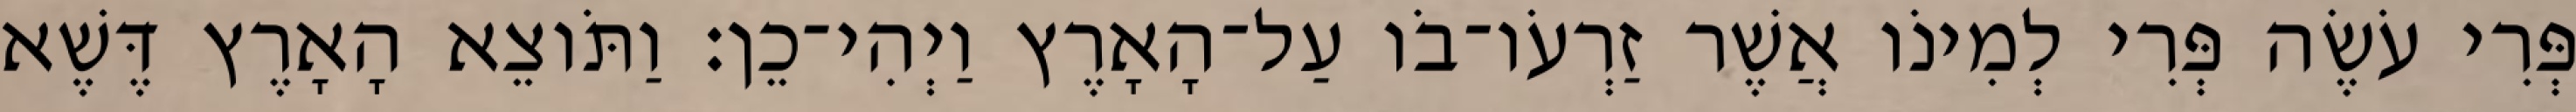
פְּרִי עֹשֶׂה פְּרִי לְמִינֹו אֲשֶׁר זַרְעֹו־בֹו עַל־הָאָרֶץ וַיְהִי־כֵן׃ וַתֹּוצֵא הָאָרֶץ דֶּשֶׁא